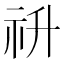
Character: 𥘥